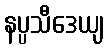
နပ္ပသီဒေယျ